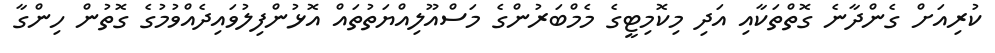
ކުރިއަށް ގެންދާނެ ގޮތްތަކާއި އަދި މިކޮމިޓީގެ މެމްބަރުންގެ މަސްއޫލިއްޔަތުތައް އޮޅުންފިލުވައިދެއްވުމުގެ ގޮތުން ހިންގާ